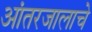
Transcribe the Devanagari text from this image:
आंतरजालाचे